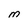
Character: M